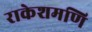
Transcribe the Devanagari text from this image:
राकेशमणि